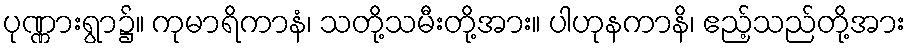
ပုဏ္ဏားရွာ၌။ ကုမာရိကာနံ၊ သတို့သမီးတို့အား။ ပါဟုနကာနိ၊ ဧည့်သည်တို့အား